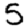
Digit: 5